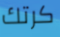
كرتك